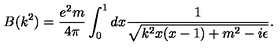
B ( k ^ { 2 } ) = \frac { e ^ { 2 } m } { 4 \pi } \int _ { 0 } ^ { 1 } d x \frac { 1 } { \sqrt { k ^ { 2 } x ( x - 1 ) + m ^ { 2 } - i \epsilon } } .